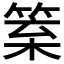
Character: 𥮧